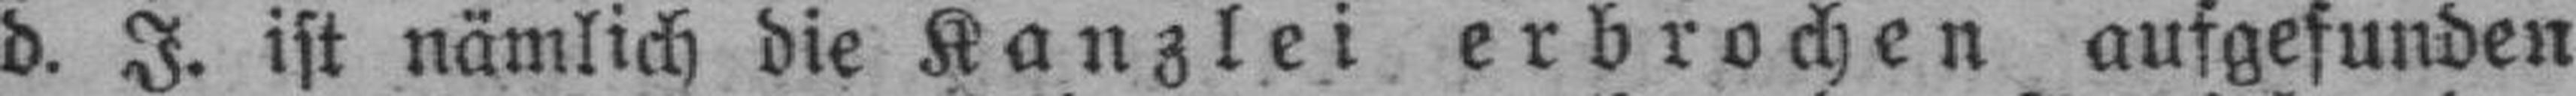
d. J. ist nämlich die Kanzlei erbrochen aufgefunden